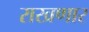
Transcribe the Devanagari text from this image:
राखणार